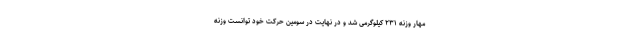
مهار وزنه ۲۳۱ کیلوگرمی شد و در نهایت در سومین حرکت خود توانست وزنه